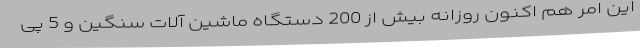
این امر هم اکنون روزانه بیش از 200 دستگاه ماشین آلات سنگین و 5 پی